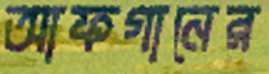
আফগানের